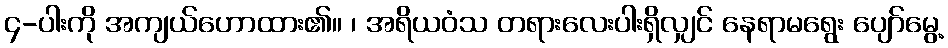
၄-ပါးကို အကျယ်ဟောထား၏။ ၊ အရိယဝံသ တရားလေးပါးရှိလျှင် နေရာမရွေး ပျော်မွေ့